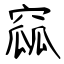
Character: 窳